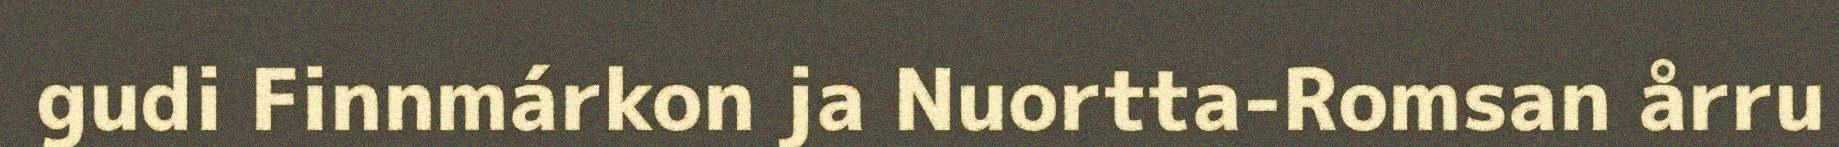
gudi Finnmárkon ja Nuortta-Romsan årru